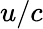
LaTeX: u/c